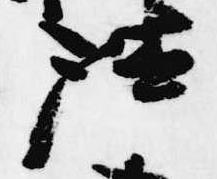
法